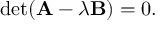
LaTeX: \operatorname* { d e t } ( \mathbf { A } - \lambda \mathbf { B } ) = 0 .